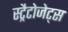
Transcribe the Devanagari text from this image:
स्ट्रैटोजेट्स